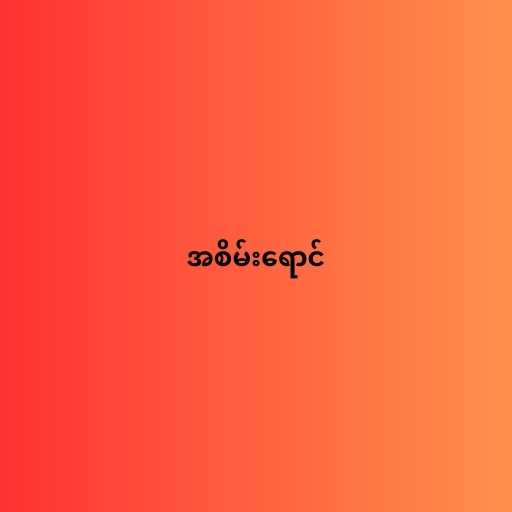
အစိမ်းရောင်